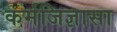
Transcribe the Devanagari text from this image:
कर्मजिज्ञासा